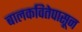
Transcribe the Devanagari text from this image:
बालकवितेपासून